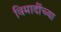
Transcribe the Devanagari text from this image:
विमादींच्या